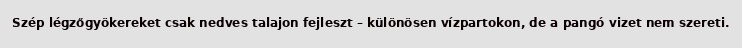
Szép légzőgyökereket csak nedves talajon fejleszt – különösen vízpartokon, de a pangó vizet nem szereti.